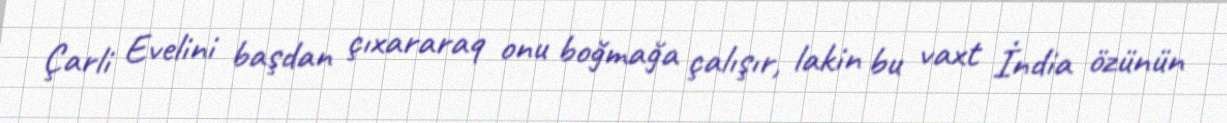
Çarli Evelini başdan çıxararaq onu boğmağa çalışır, lakin bu vaxt İndia özünün